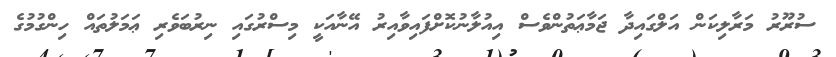
ސުރޫރު މަރާލިކަން އަލްގައިދާ ޖަމާޢަތުންވެސް އިއުލާނުކޮށްފައިވާއިރު އޭނާއަކީ މިސްރުގައި ނިރުބަވެރި ޢަމަލުތައް ހިންގުމުގެ